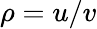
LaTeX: \rho=u/v